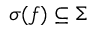
\sigma ( f ) \subseteq \Sigma